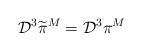
\begin{align*}{\cal D}^3\widetilde{\pi}^M={\cal D}^3\pi^M\end{align*}